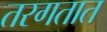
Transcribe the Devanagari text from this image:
तरगतात